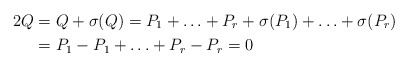
\begin{align*}2Q&=Q+\sigma(Q) =P_1+\ldots + P_r + \sigma(P_1) + \ldots + \sigma(P_r)\\&=P_1-P_1+ \ldots+P_r-P_r=0\end{align*}